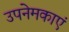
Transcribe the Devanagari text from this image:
उपनेमकाएं